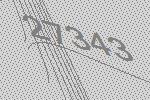
27343